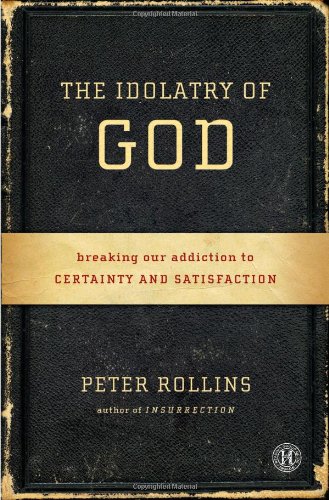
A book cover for The Idolatry of God: Breaking Our Addiction to Certainty and Satisfaction; Peter Rollins; Religion & Spirituality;